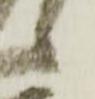
候